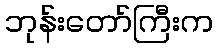
ဘုန်းတော်ကြီးက